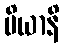
ပိယာနိ